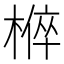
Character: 𭫚